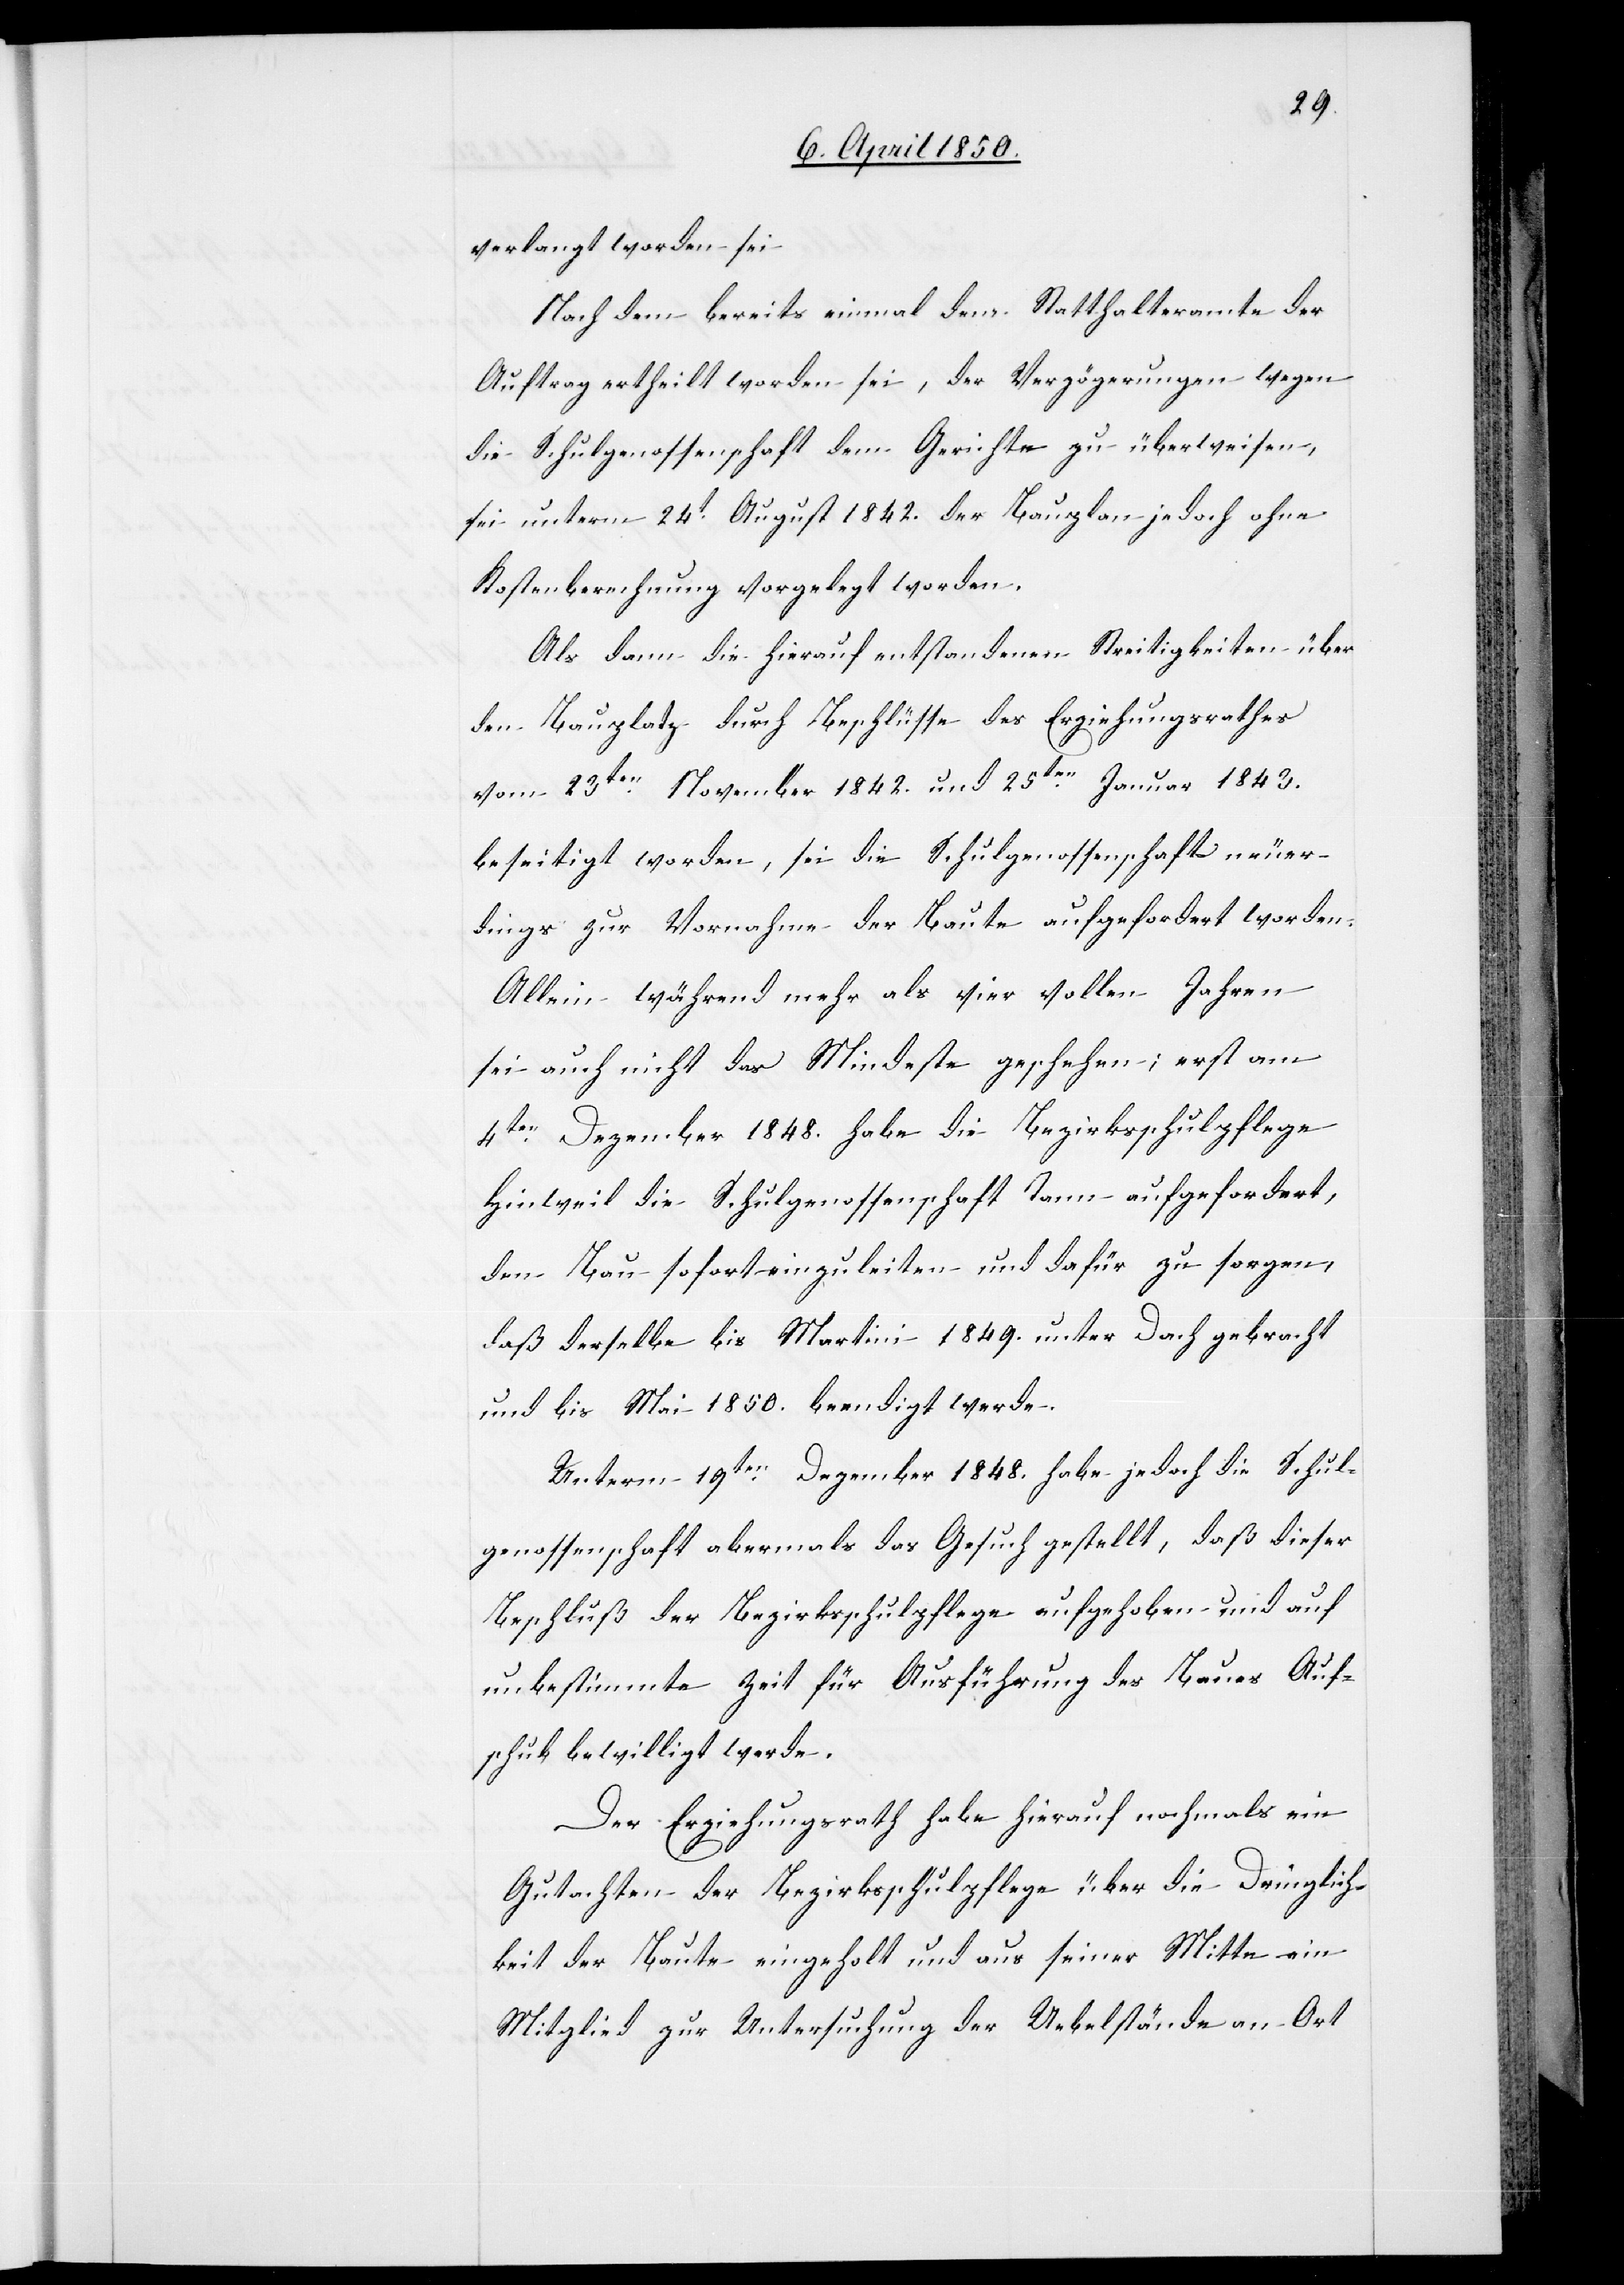
verlangt worden sei
Nachdem bereits einmal dem Statthalteramte der
Auftrag ertheilt worden sei, der Verzögerungen wegen
die Schulgenossenschaft dem Gerichte zu überweisen,
sei unterm 24t August 1842. der Bauplan jedoch ohne
Kostenberechnung vorgelegt worden.
Als dann die hierauf entstandenen Streitigkeiten über
den Bauplatz durch Beschlüsse des Erziehungsrathes
vom 23ten November 1842. und 25ten Januar 1843.
beseitigt worden, sei die Schulgenossenschaft neuer¬
dings zur Vornahme der Baute aufgefordert worden.
Allein während mehr als vier vollen Jahren
sei auch nicht das Mindeste geschehen; erst am
4ten Dezember 1848. habe die Bezirksschulpflege
Hinweil die Schulgenossenschaft Tann aufgefordert,
den Bau sofort einzuleiten und dafür zu sorgen,
daß derselbe bis Martini 1849. unter Dach gebracht
und bis Mai 1850. beendigt werde.
Unterm 19ten Dezember 1848. habe jedoch die Schul¬
genossenschaft abermals das Gesuch gestellt, daß dieser
Beschluß der Bezirkschulpflege aufgehoben und auf
unbestimmte Zeit für Ausführung des Baues Auf¬
schub bewilligt werde.
Der Erziehungsrath habe hierauf nochmals ein
Gutachten der Bezirksschulpflege über die Dringlich¬
keit der Baute eingeholt und aus seiner Mitte ein
Mitglied zur Untersuchung der Uebelstände an Ort